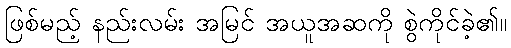
ဖြစ်မည့် နည်းလမ်း အမြင် အယူအဆကို စွဲကိုင်ခဲ့၏။